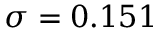
\sigma = 0 . 1 5 1